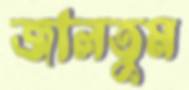
জালতুম